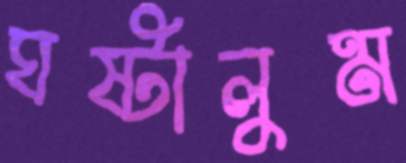
ঘষ্‌টালুম